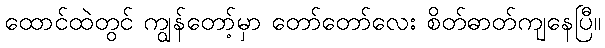
ထောင်ထဲတွင် ကျွန်တော့်မှာ တော်တော်လေး စိတ်ဓာတ်ကျနေပြီ။